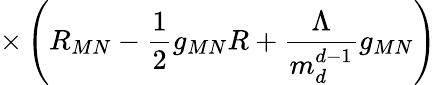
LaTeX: \times\left(R_{MN}-\frac{1}{2}g_{MN}R+\frac{\Lambda}{m_{d}^{d-1}}g_{MN}\right)